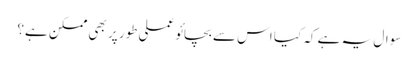
سوال یہ ہے کہ کیا اس سے بچائو عملی طور پر بھی ممکن ہے؟